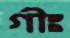
গীঃ